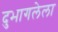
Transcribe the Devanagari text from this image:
दुभागलेला